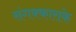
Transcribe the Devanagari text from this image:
संगक्काराके